Leaving Certificate Examination (including Day School Certificate (Higher) General paper), 1931
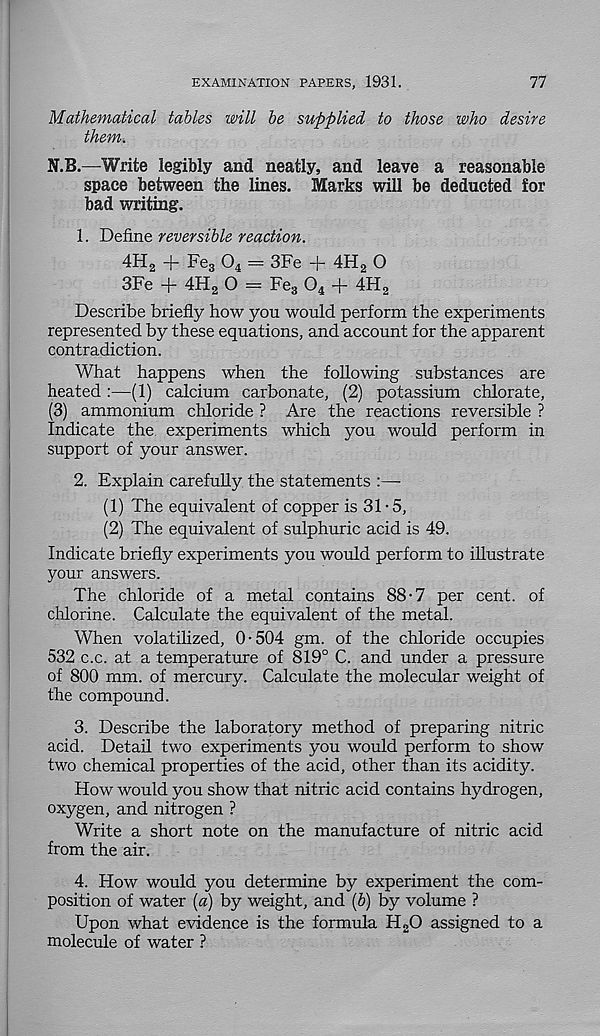
EXAMINATION PAPERS, 1931.
77
Mathematical tables will be supplied to those who desire
them.
N.B.—Write legibly and neatly, and leave a reasonable
space between the lines. Marks will be deducted for
bad writing.
1. Define reversible reaction.
4H 2 + Fe 3 0 4 = 3Fe + 4H 2 O
3Fe + 4H 2 O - Fe 3 0 4 + 4H 2
Describe briefly how you would perform the experiments
represented by these equations, and account for the apparent
contradiction.
What happens when the following substances are
heated :—(1) calcium carbonate, (2) potassium chlorate,
(3) ammonium chloride ? Are the reactions reversible ?
Indicate the experiments which you would perform in
support of your answer.
2. Explain carefully the statements :—
(1) The equivalent of copper is 31-5,
(2) The equivalent of sulphuric acid is 49.
Indicate briefly experiments you would perform to illustrate
your answers.
The chloride of a metal contains 88-7 per cent, of
chlorine. Calculate the equivalent of the metal.
When volatilized, 0-504 gm. of the chloride occupies
532 c.c. at a temperature of 819° C. and under a pressure
of 800 mm. of mercury. Calculate the molecular weight of
the compound.
3. Describe the laboratory method of preparing nitric
acid. Detail two experiments you would perform to show
two chemical properties of the acid, other than its acidity.
How would you show that nitric acid contains hydrogen,
oxygen, and nitrogen ?
Write a short note on the manufacture of nitric acid
from the air.
4. How would you determine by experiment the com-
position of water [a) by weight, and [b) by volume ?
Upon what evidence is the formula H 2 0 assigned to a
molecule of water ?